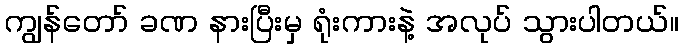
ကျွန်တော် ခဏ နားပြီးမှ ရုံးကားနဲ့ အလုပ် သွားပါတယ်။